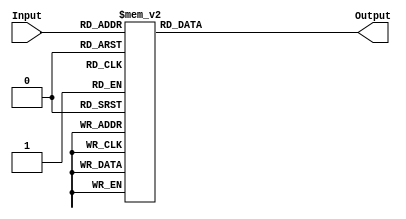
`timescale 1ns / 1ps
//////////////////////////////////////////////////////////////////////////////////
// Company: 
// Engineer: 
// 
// Design Name: 
// Module Name: Deco_Sum
// Project Name: 
// Target Devices: 
// Tool Versions: 
// Description: 
// 
// Dependencies: 
// 
// Revision:
// Revision 0.01 - File Created
// Additional Comments:
// 
//////////////////////////////////////////////////////////////////////////////////


module Deco_Sum(Input, Output);
	input [7:0]Input;
	output reg[3:0]Output;
	
	
	always @ (Input)
		case(Input)
			8'd0: Output=4'd0;
            8'd1: Output=4'd1;
            8'd2: Output=4'd1;
            8'd3: Output=4'd2;
            8'd4: Output=4'd1;
            8'd5: Output=4'd2;
            8'd6: Output=4'd2;
            8'd7: Output=4'd3;
            8'd8: Output=4'd1;
            8'd9: Output=4'd2;
            8'd10: Output=4'd2;
            8'd11: Output=4'd3;
            8'd12: Output=4'd2;
            8'd13: Output=4'd3;
            8'd14: Output=4'd3;
            8'd15: Output=4'd4;
            8'd16: Output=4'd1;
            8'd17: Output=4'd2;
            8'd18: Output=4'd2;
            8'd19: Output=4'd3;
            8'd20: Output=4'd2;
            8'd21: Output=4'd3;
            8'd22: Output=4'd3;
            8'd23: Output=4'd4;
            8'd24: Output=4'd2;
            8'd25: Output=4'd3;
            8'd26: Output=4'd3;
            8'd27: Output=4'd4;
            8'd28: Output=4'd3;
            8'd29: Output=4'd4;
            8'd30: Output=4'd4;
            8'd31: Output=4'd5;
            8'd32: Output=4'd1;
            8'd33: Output=4'd2;
            8'd34: Output=4'd2;
            8'd35: Output=4'd3;
            8'd36: Output=4'd2;
            8'd37: Output=4'd3;
            8'd38: Output=4'd3;
            8'd39: Output=4'd4;
            8'd40: Output=4'd2;
            8'd41: Output=4'd3;
            8'd42: Output=4'd3;
            8'd43: Output=4'd4;
            8'd44: Output=4'd3;
            8'd45: Output=4'd4;
            8'd46: Output=4'd4;
            8'd47: Output=4'd5;
            8'd48: Output=4'd2;
            8'd49: Output=4'd3;
            8'd50: Output=4'd3;
            8'd51: Output=4'd4;
            8'd52: Output=4'd3;
            8'd53: Output=4'd4;
            8'd54: Output=4'd4;
            8'd55: Output=4'd5;
            8'd56: Output=4'd3;
            8'd57: Output=4'd4;
            8'd58: Output=4'd4;
            8'd59: Output=4'd5;
            8'd60: Output=4'd4;
            8'd61: Output=4'd5;
            8'd62: Output=4'd5;
            8'd63: Output=4'd6;
            8'd64: Output=4'd1;
            8'd65: Output=4'd2;
            8'd66: Output=4'd2;
            8'd67: Output=4'd3;
            8'd68: Output=4'd2;
            8'd69: Output=4'd3;
            8'd70: Output=4'd3;
            8'd71: Output=4'd4;
            8'd72: Output=4'd2;
            8'd73: Output=4'd3;
            8'd74: Output=4'd3;
            8'd75: Output=4'd4;
            8'd76: Output=4'd3;
            8'd77: Output=4'd4;
            8'd78: Output=4'd4;
            8'd79: Output=4'd5;
            8'd80: Output=4'd2;
            8'd81: Output=4'd3;
            8'd82: Output=4'd3;
            8'd83: Output=4'd4;
            8'd84: Output=4'd3;
            8'd85: Output=4'd4;
            8'd86: Output=4'd4;
            8'd87: Output=4'd5;
            8'd88: Output=4'd3;
            8'd89: Output=4'd4;
            8'd90: Output=4'd4;
            8'd91: Output=4'd5;
            8'd92: Output=4'd4;
            8'd93: Output=4'd5;
            8'd94: Output=4'd5;
            8'd95: Output=4'd6;
            8'd96: Output=4'd2;
            8'd97: Output=4'd3;
            8'd98: Output=4'd3;
            8'd99: Output=4'd4;
            8'd100: Output=4'd3;
            8'd101: Output=4'd4;
            8'd102: Output=4'd4;
            8'd103: Output=4'd5;
            8'd104: Output=4'd3;
            8'd105: Output=4'd4;
            8'd106: Output=4'd4;
            8'd107: Output=4'd5;
            8'd108: Output=4'd4;
            8'd109: Output=4'd5;
            8'd110: Output=4'd5;
            8'd111: Output=4'd6;
            8'd112: Output=4'd3;
            8'd113: Output=4'd4;
            8'd114: Output=4'd4;
            8'd115: Output=4'd5;
            8'd116: Output=4'd4;
            8'd117: Output=4'd5;
            8'd118: Output=4'd5;
            8'd119: Output=4'd6;
            8'd120: Output=4'd4;
            8'd121: Output=4'd5;
            8'd122: Output=4'd5;
            8'd123: Output=4'd6;
            8'd124: Output=4'd5;
            8'd125: Output=4'd6;
            8'd126: Output=4'd6;
            8'd127: Output=4'd7;
            8'd128: Output=4'd1;
            8'd129: Output=4'd2;
            8'd130: Output=4'd2;
            8'd131: Output=4'd3;
            8'd132: Output=4'd2;
            8'd133: Output=4'd3;
            8'd134: Output=4'd3;
            8'd135: Output=4'd4;
            8'd136: Output=4'd2;
            8'd137: Output=4'd3;
            8'd138: Output=4'd3;
            8'd139: Output=4'd4;
            8'd140: Output=4'd3;
            8'd141: Output=4'd4;
            8'd142: Output=4'd4;
            8'd143: Output=4'd5;
            8'd144: Output=4'd2;
            8'd145: Output=4'd3;
            8'd146: Output=4'd3;
            8'd147: Output=4'd4;
            8'd148: Output=4'd3;
            8'd149: Output=4'd4;
            8'd150: Output=4'd4;
            8'd151: Output=4'd5;
            8'd152: Output=4'd3;
            8'd153: Output=4'd4;
            8'd154: Output=4'd4;
            8'd155: Output=4'd5;
            8'd156: Output=4'd4;
            8'd157: Output=4'd5;
            8'd158: Output=4'd5;
            8'd159: Output=4'd6;
            8'd160: Output=4'd2;
            8'd161: Output=4'd3;
            8'd162: Output=4'd3;
            8'd163: Output=4'd4;
            8'd164: Output=4'd3;
            8'd165: Output=4'd4;
            8'd166: Output=4'd4;
            8'd167: Output=4'd5;
            8'd168: Output=4'd3;
            8'd169: Output=4'd4;
            8'd170: Output=4'd4;
            8'd171: Output=4'd5;
            8'd172: Output=4'd4;
            8'd173: Output=4'd5;
            8'd174: Output=4'd5;
            8'd175: Output=4'd6;
            8'd176: Output=4'd3;
            8'd177: Output=4'd4;
            8'd178: Output=4'd4;
            8'd179: Output=4'd5;
            8'd180: Output=4'd4;
            8'd181: Output=4'd5;
            8'd182: Output=4'd5;
            8'd183: Output=4'd6;
            8'd184: Output=4'd4;
            8'd185: Output=4'd5;
            8'd186: Output=4'd5;
            8'd187: Output=4'd6;
            8'd188: Output=4'd5;
            8'd189: Output=4'd6;
            8'd190: Output=4'd6;
            8'd191: Output=4'd7;
            8'd192: Output=4'd2;
            8'd193: Output=4'd3;
            8'd194: Output=4'd3;
            8'd195: Output=4'd4;
            8'd196: Output=4'd3;
            8'd197: Output=4'd4;
            8'd198: Output=4'd4;
            8'd199: Output=4'd5;
            8'd200: Output=4'd3;
            8'd201: Output=4'd4;
            8'd202: Output=4'd4;
            8'd203: Output=4'd5;
            8'd204: Output=4'd4;
            8'd205: Output=4'd5;
            8'd206: Output=4'd5;
            8'd207: Output=4'd6;
            8'd208: Output=4'd3;
            8'd209: Output=4'd4;
            8'd210: Output=4'd4;
            8'd211: Output=4'd5;
            8'd212: Output=4'd4;
            8'd213: Output=4'd5;
            8'd214: Output=4'd5;
            8'd215: Output=4'd6;
            8'd216: Output=4'd4;
            8'd217: Output=4'd5;
            8'd218: Output=4'd5;
            8'd219: Output=4'd6;
            8'd220: Output=4'd5;
            8'd221: Output=4'd6;
            8'd222: Output=4'd6;
            8'd223: Output=4'd7;
            8'd224: Output=4'd3;
            8'd225: Output=4'd4;
            8'd226: Output=4'd4;
            8'd227: Output=4'd5;
            8'd228: Output=4'd4;
            8'd229: Output=4'd5;
            8'd230: Output=4'd5;
            8'd231: Output=4'd6;
            8'd232: Output=4'd4;
            8'd233: Output=4'd5;
            8'd234: Output=4'd5;
            8'd235: Output=4'd6;
            8'd236: Output=4'd5;
            8'd237: Output=4'd6;
            8'd238: Output=4'd6;
            8'd239: Output=4'd7;
            8'd240: Output=4'd4;
            8'd241: Output=4'd5;
            8'd242: Output=4'd5;
            8'd243: Output=4'd6;
            8'd244: Output=4'd5;
            8'd245: Output=4'd6;
            8'd246: Output=4'd6;
            8'd247: Output=4'd7;
            8'd248: Output=4'd5;
            8'd249: Output=4'd6;
            8'd250: Output=4'd6;
            8'd251: Output=4'd7;
            8'd252: Output=4'd6;
            8'd253: Output=4'd7;
            8'd254: Output=4'd7;
            8'd255: Output=4'd8;

			
		endcase

endmodule